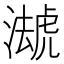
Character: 𧇦